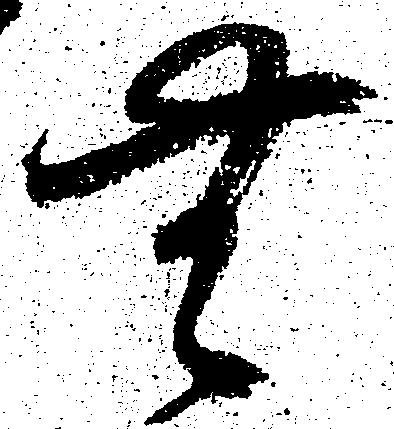
無